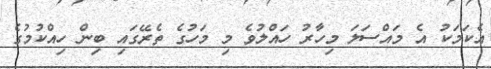
އެކަމަކު އެ މައްސަލަ މިހާރު ހައްލުވެ މި މަހުގެ ތެރޭގައި ބިން ހިއްކުމުގެ